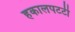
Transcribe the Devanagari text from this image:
हकालपटटी